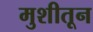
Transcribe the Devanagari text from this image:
मुशीतून